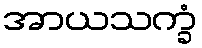
အာယသက္ခံ